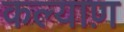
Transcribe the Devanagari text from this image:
कल्याण़